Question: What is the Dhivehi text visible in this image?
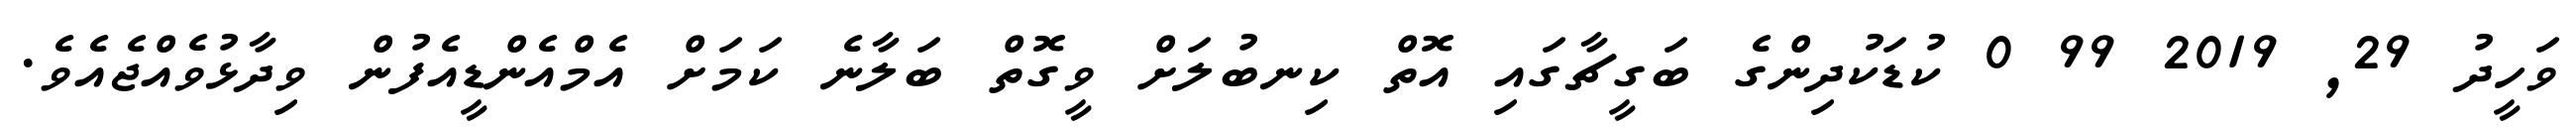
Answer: ވަހީދު 29, 2019 99 0 ކުޑަކުދިންގެ ބަގީޗާގައި އޮތް ކިނބުލަށް ވީގޮތް ބަލާނެ ކަމަށް އެމްއެންޑީއެފުން ވިދާޅުވެއްޖެއެވެ.